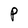
Character: P